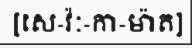
[សេ-វ៉ៈ-កា-ម៉ាត]